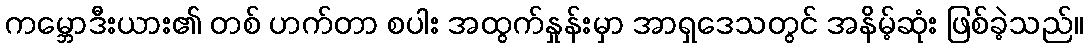
ကမ္ဘောဒီးယား၏ တစ် ဟက်တာ စပါး အထွက်နှုန်းမှာ အာရှဒေသတွင် အနိမ့်ဆုံး ဖြစ်ခဲ့သည်။